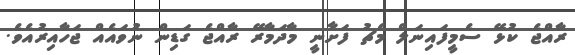
ރާއްޖެ ކުޅޭ ސެމީފައިނަލް މެޗު ފަށާނީ މާދަމާރޭ ރާއްޖެ ގަޑިން ނުވައެއް ޖަހާއިރުއެވެ.